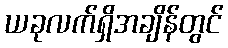
ယခုလက်ရှိအချိန်တွင်